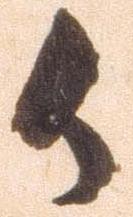
御